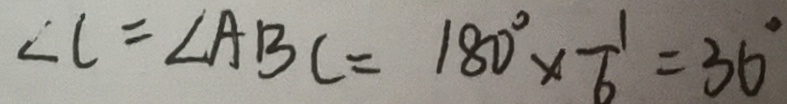
\angle C = \angle A B C = 1 8 0 ^ { \circ } \times \frac { 1 } { 6 } = 3 6 ^ { \circ }